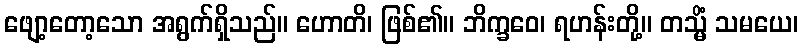
ဖျော့တော့သော အရွက်ရှိသည်။ ဟောတိ၊ ဖြစ်၏။ ဘိက္ခဝေ၊ ရဟန်းတို့။ တသ္မိံ သမယေ၊